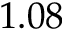
1 . 0 8